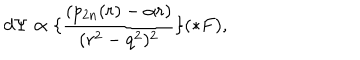
LaTeX: d \Psi \propto \lbrace \frac { ( p _ { 2 n } ( r ) - \alpha r ) } { ( r ^ { 2 } - q ^ { 2 } ) ^ { 2 } } \rbrace ( \ast F ) ,